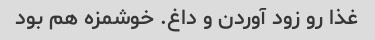
غذا رو زود آوردن و داغ. خوشمزه هم بود